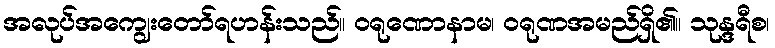
အလုပ်အကျွေးတော်ရဟန်းသည်။ ဝရုဏောနာမ၊ ဝရုဏအမည်ရှိ၏။ သုန္ဒရီစ၊